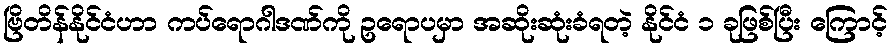
ဗြိတိန်နိုင်ငံဟာ ကပ်ရောဂါဒဏ်ကို ဥရောပမှာ အဆိုးဆုံးခံရတဲ့ နိုင်ငံ ၁ ခုဖြစ်ပြီး ကြောင့်